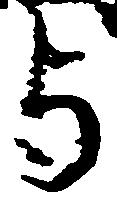
与